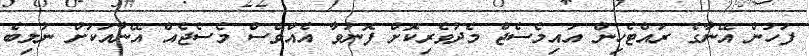
ފަހުން އޭނާގެ ރައްޓެހިން އައިމެސެޖް މެދުވެރިކޮށް ފޮނުވާ އެއްވެސް މެސެޖެއް އޭނާއަކަށް ނުލިބެ